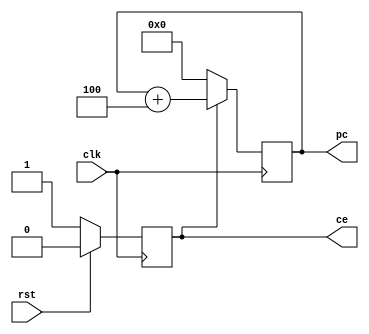
`timescale 1ns / 1ps
//////////////////////////////////////////////////////////////////////////////////
// Company:
// Engineer:
//
// Design Name:
// Module Name: pc
// Project Name:
// Target Devices:
// Tool Versions:
// Description:
//
// Dependencies:
//
// Revision:
// Revision 0.01 - File Created
// Additional Comments:
//
//////////////////////////////////////////////////////////////////////////////////


module pc(
           input wire rst,
           input wire clk,
           output reg ce,
           output reg[31:0] pc
       );

always @(posedge clk) begin
    if(rst == 1) begin
        ce <= 0;
    end
    else begin
        ce <= 1;
    end
end

always @(posedge clk) begin
    if(ce == 0) begin
        pc <= 32'h0;
    end
    else begin
        pc <= pc + 32'h4;
    end
end
endmodule